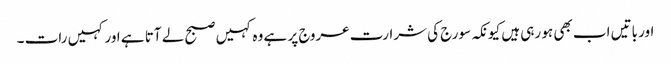
اور باتیں اب بھی ہو رہی ہیں کیونکہ سورج کی شرارت عروج پر ہے وہ کہیں صبح لے آتا ہے اور کہیں رات ۔